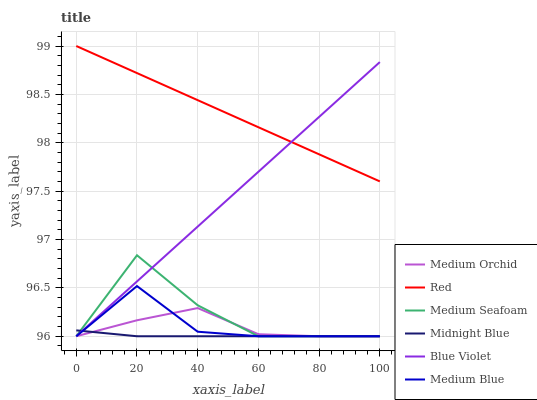
| xaxis_label | Medium Orchid | Red | Medium Seafoam | Midnight Blue | Blue Violet | Medium Blue |
 | --- | --- | --- | --- | --- | --- | --- |
 | 0 | 96 | 99 | 96 | 96.1 | 96 | 96 |
 | 20 | 96.2 | 98.7 | 96.8 | 96 | 96.6 | 96.5 |
 | 40 | 96.3 | 98.4 | 96.3 | 96 | 97.1 | 96 |
 | 60 | 96 | 98.2 | 96 | 96 | 97.7 | 96 |
 | 80 | 96 | 97.9 | 96 | 96 | 98.3 | 96 |
 | 100 | 96 | 97.6 | 96 | 96 | 98.8 | 96 |